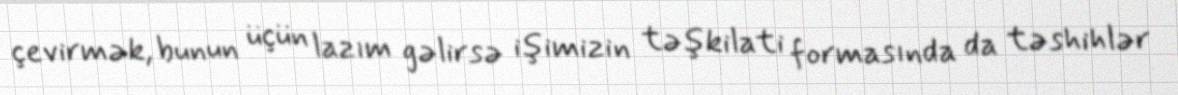
çevirmək, bunun üçün lazım gəlirsə işimizin təşkilati formasında da təshihlər